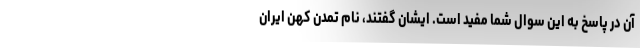
آن در پاسخ به این سوال شما مفید است. ایشان گفتند، نام تمدن کهن ایران